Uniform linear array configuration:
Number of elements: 64
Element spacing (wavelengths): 1
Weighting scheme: uniform
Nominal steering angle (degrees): -15
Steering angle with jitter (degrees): -13.672
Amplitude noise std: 0.05
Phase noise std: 0.05

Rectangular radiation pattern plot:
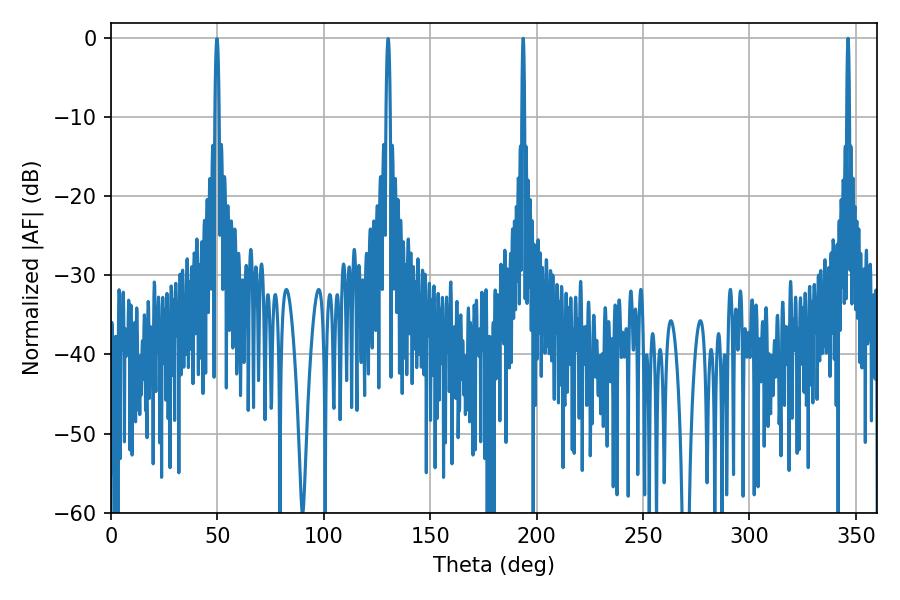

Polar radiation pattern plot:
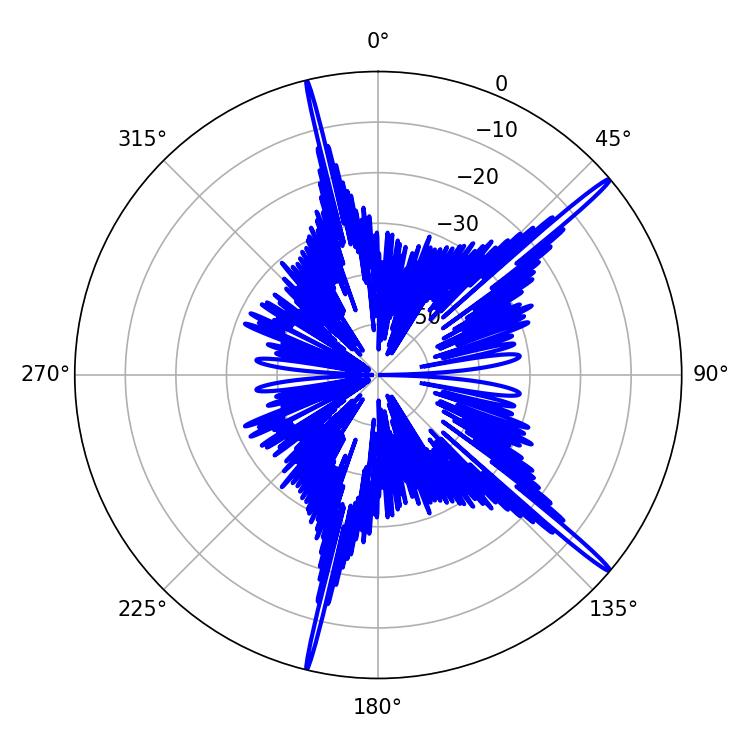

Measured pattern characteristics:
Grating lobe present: TRUE
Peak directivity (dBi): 18.342
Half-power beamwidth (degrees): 0.72
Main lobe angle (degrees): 346.32